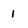
Character: 1